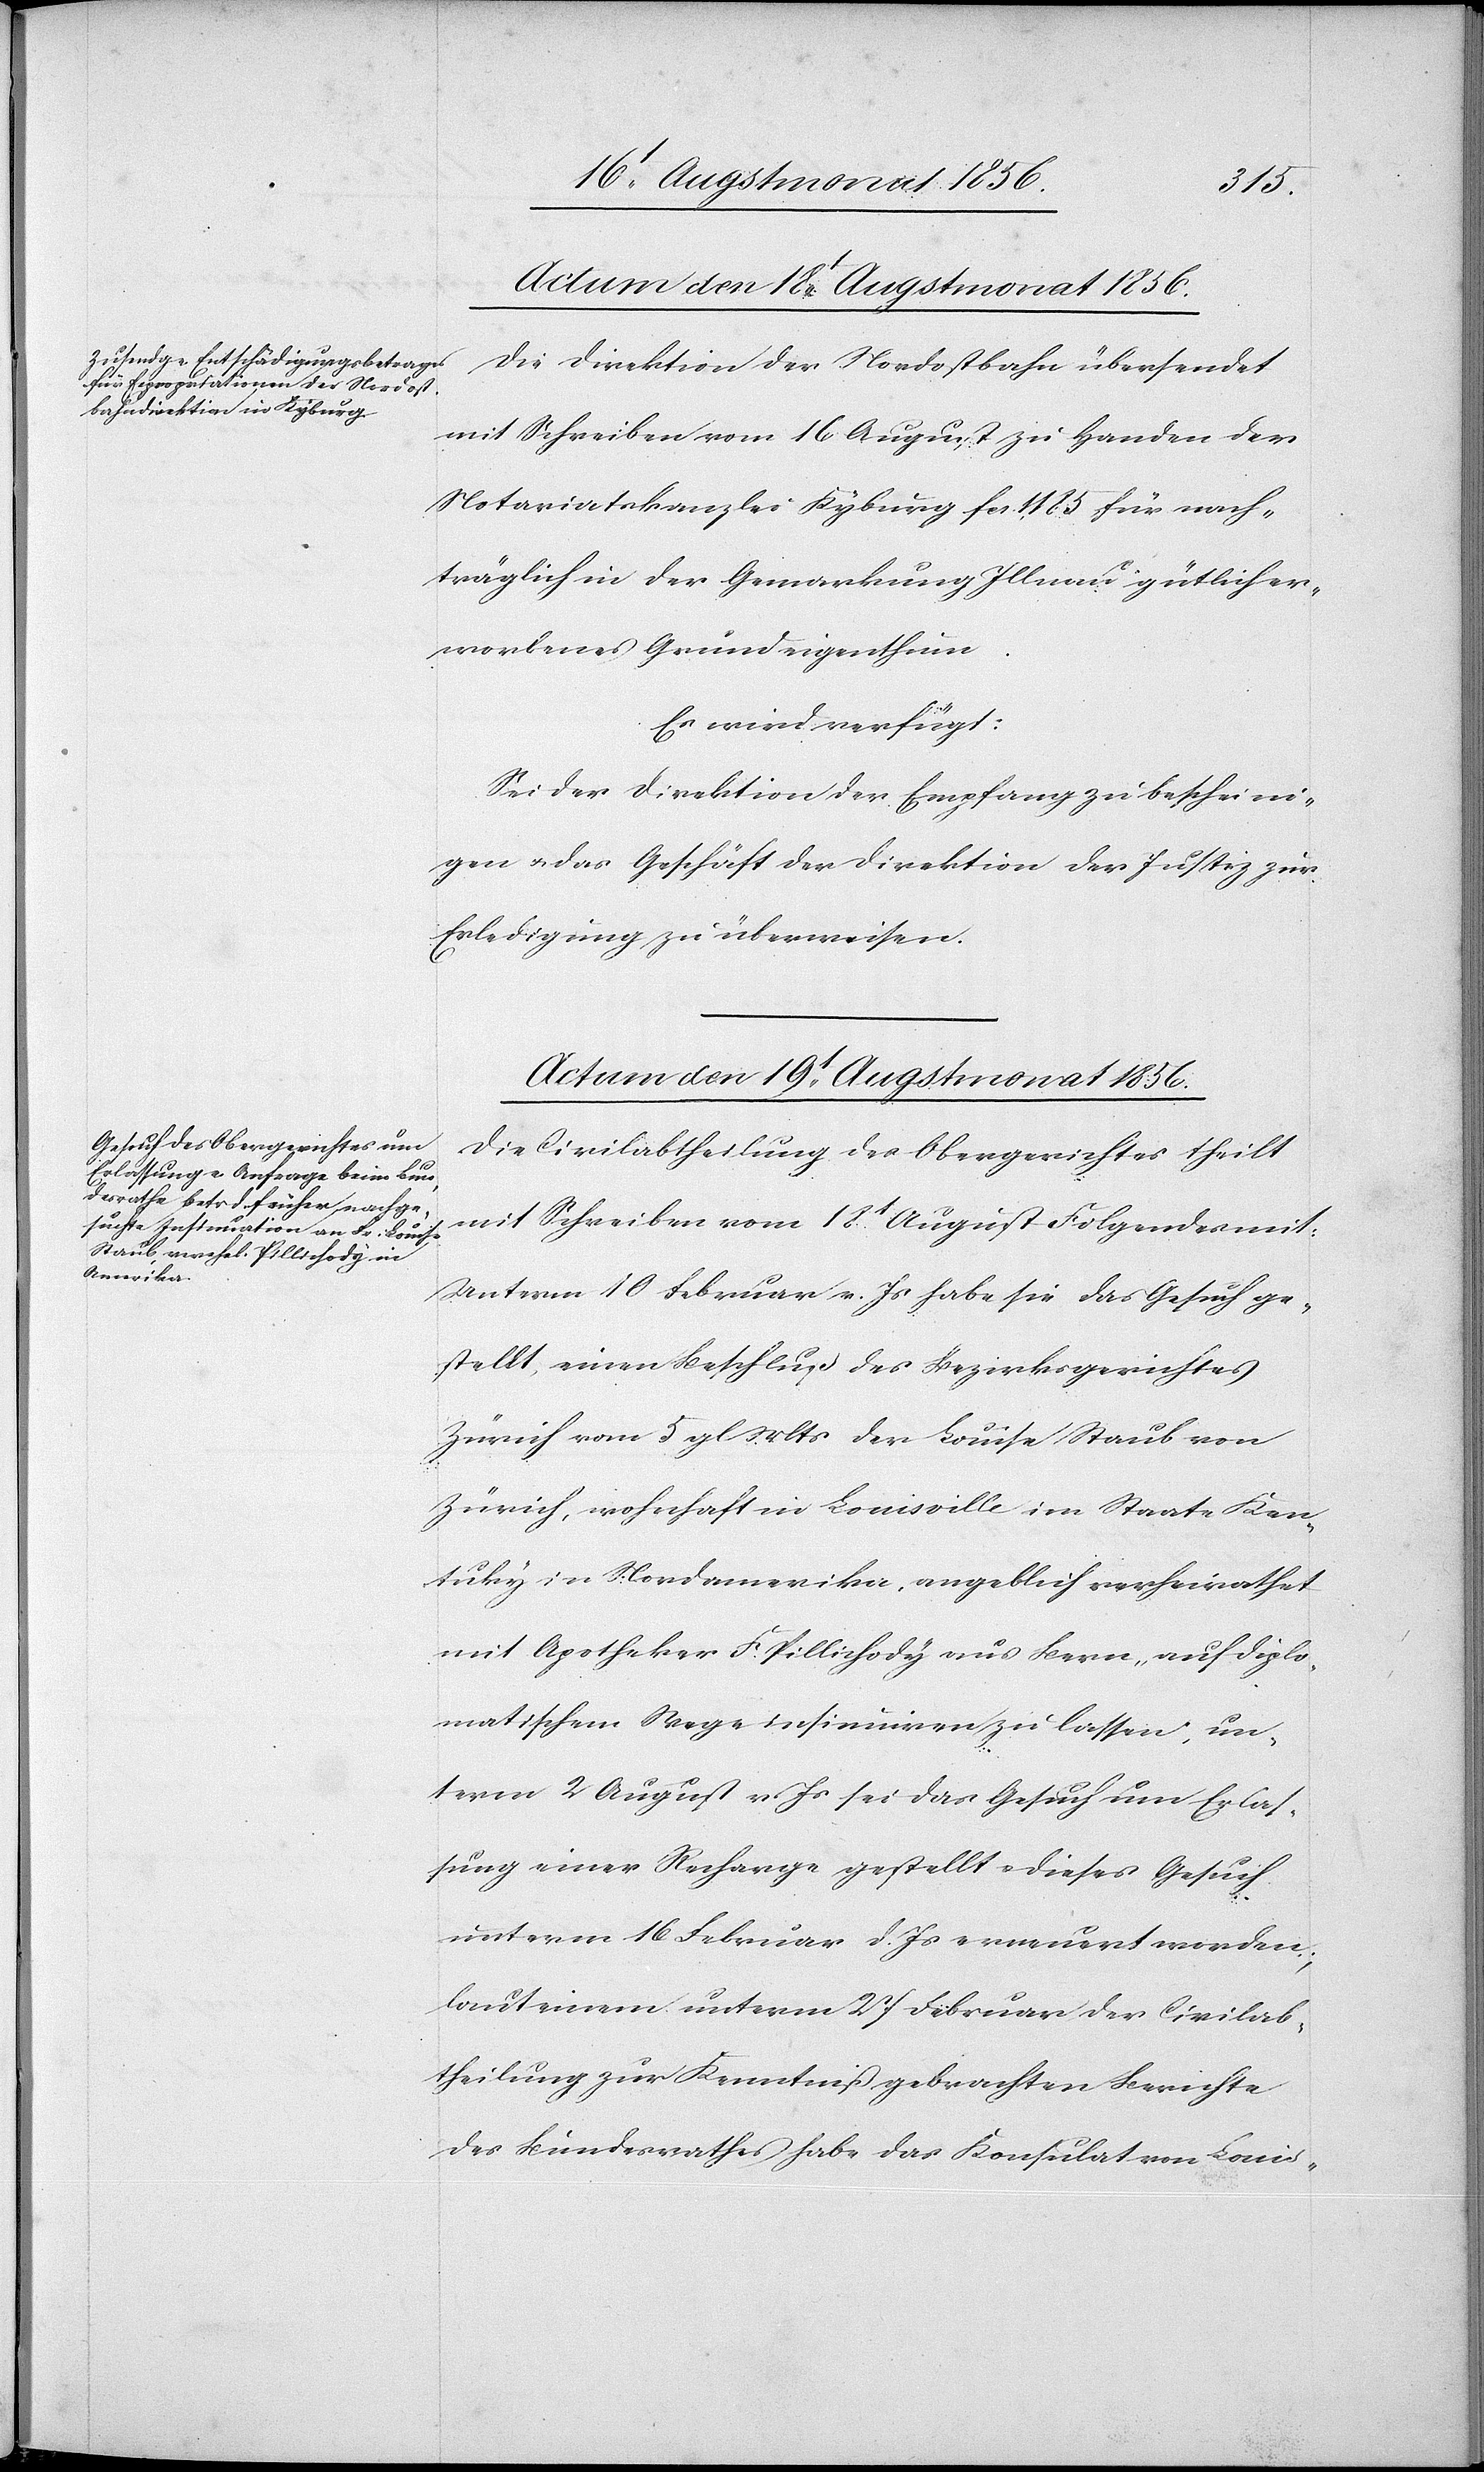
Die Direktion der Nordostbahn übersendet
mit Schreiben vom 16 August zu Handen der
Notariatskanzlei Kyburg fcs. 1185 für nach¬
träglich in der Gemarkung Illnau gütlich er¬
worbenes Grundeigenthum.
Es wird verfügt:
Sei der Direktion der Empfang zu bescheini¬
gen u. das Geschäft der Direktion der Justiz zur
Erledigung zu überweisen.
Actum den 19t Augstmonat 1856.
Die Civilabtheilung des Obergerichtes theilt
mit Schreiben vom 18t August Folgendes mit:
Unterm 10 Februar v. Js habe sie das Gesuch ge¬
stellt, einen Beschluß des Bezirksgerichtes
Zürich vom 5 gl Mts der Louise Staub von
Zürich, wohnhaft in Louisville im Staate Ken¬
tuky in Nordamerika, angeblich verheirathet
mit Apotheker F. Pillichody aus Bern, auf diplo¬
matischem Wege insinuiren zu lassen; un¬
term 2 August v Js sei das Gesuch um Erlas¬
sung einer Recharge gestellt u. dieses Gesuch
unterm 16 Februar d. Js erneuert worden;
laut einem unterm 27 Februar der Civilab¬
theilung zur Kenntniß gebrachten Berichte
des Bundesrathes habe das Konsulat von Louis-